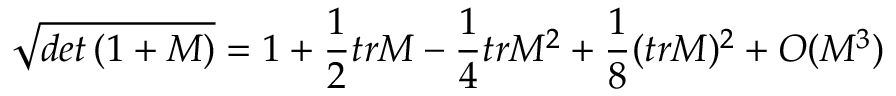
\sqrt { d e t \left( 1 + M \right) } = 1 + \frac { 1 } { 2 } t r M - \frac { 1 } { 4 } t r M ^ { 2 } + \frac { 1 } { 8 } ( t r M ) ^ { 2 } + { \cal O } ( M ^ { 3 } )